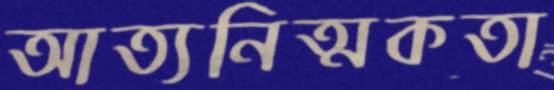
আত্যনিত্মকতা